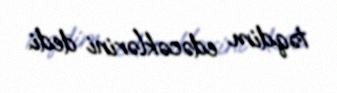
təqdim edəcəklərini dedi.